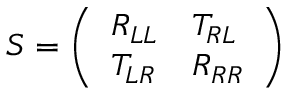
S = \left( \begin{array} { l l } { R _ { L L } } & { T _ { R L } } \\ { T _ { L R } } & { R _ { R R } } \end{array} \right)